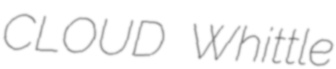
CLOUD Whittle